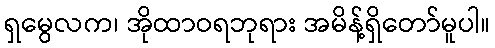
ရှမွေလက၊ အိုထာဝရဘုရား အမိန့်ရှိတော်မူပါ။